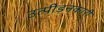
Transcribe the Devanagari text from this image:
उत्पीड़नकारी